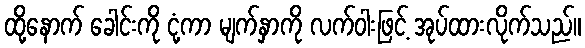
ထို့နောက် ခေါင်းကို ငုံ့ကာ မျက်နှာကို လက်ဝါးဖြင့် အုပ်ထားလိုက်သည်။